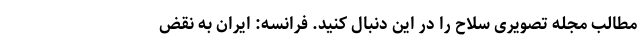
مطالب مجله تصویری سلاح را در این دنبال کنید. فرانسه: ایران به نقض